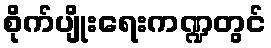
စိုက်ပျိုးရေးကဏ္ဍတွင်